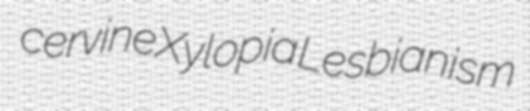
cervine Xylopia Lesbianism